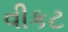
વીકટ